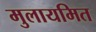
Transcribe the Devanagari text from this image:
मुलायमित